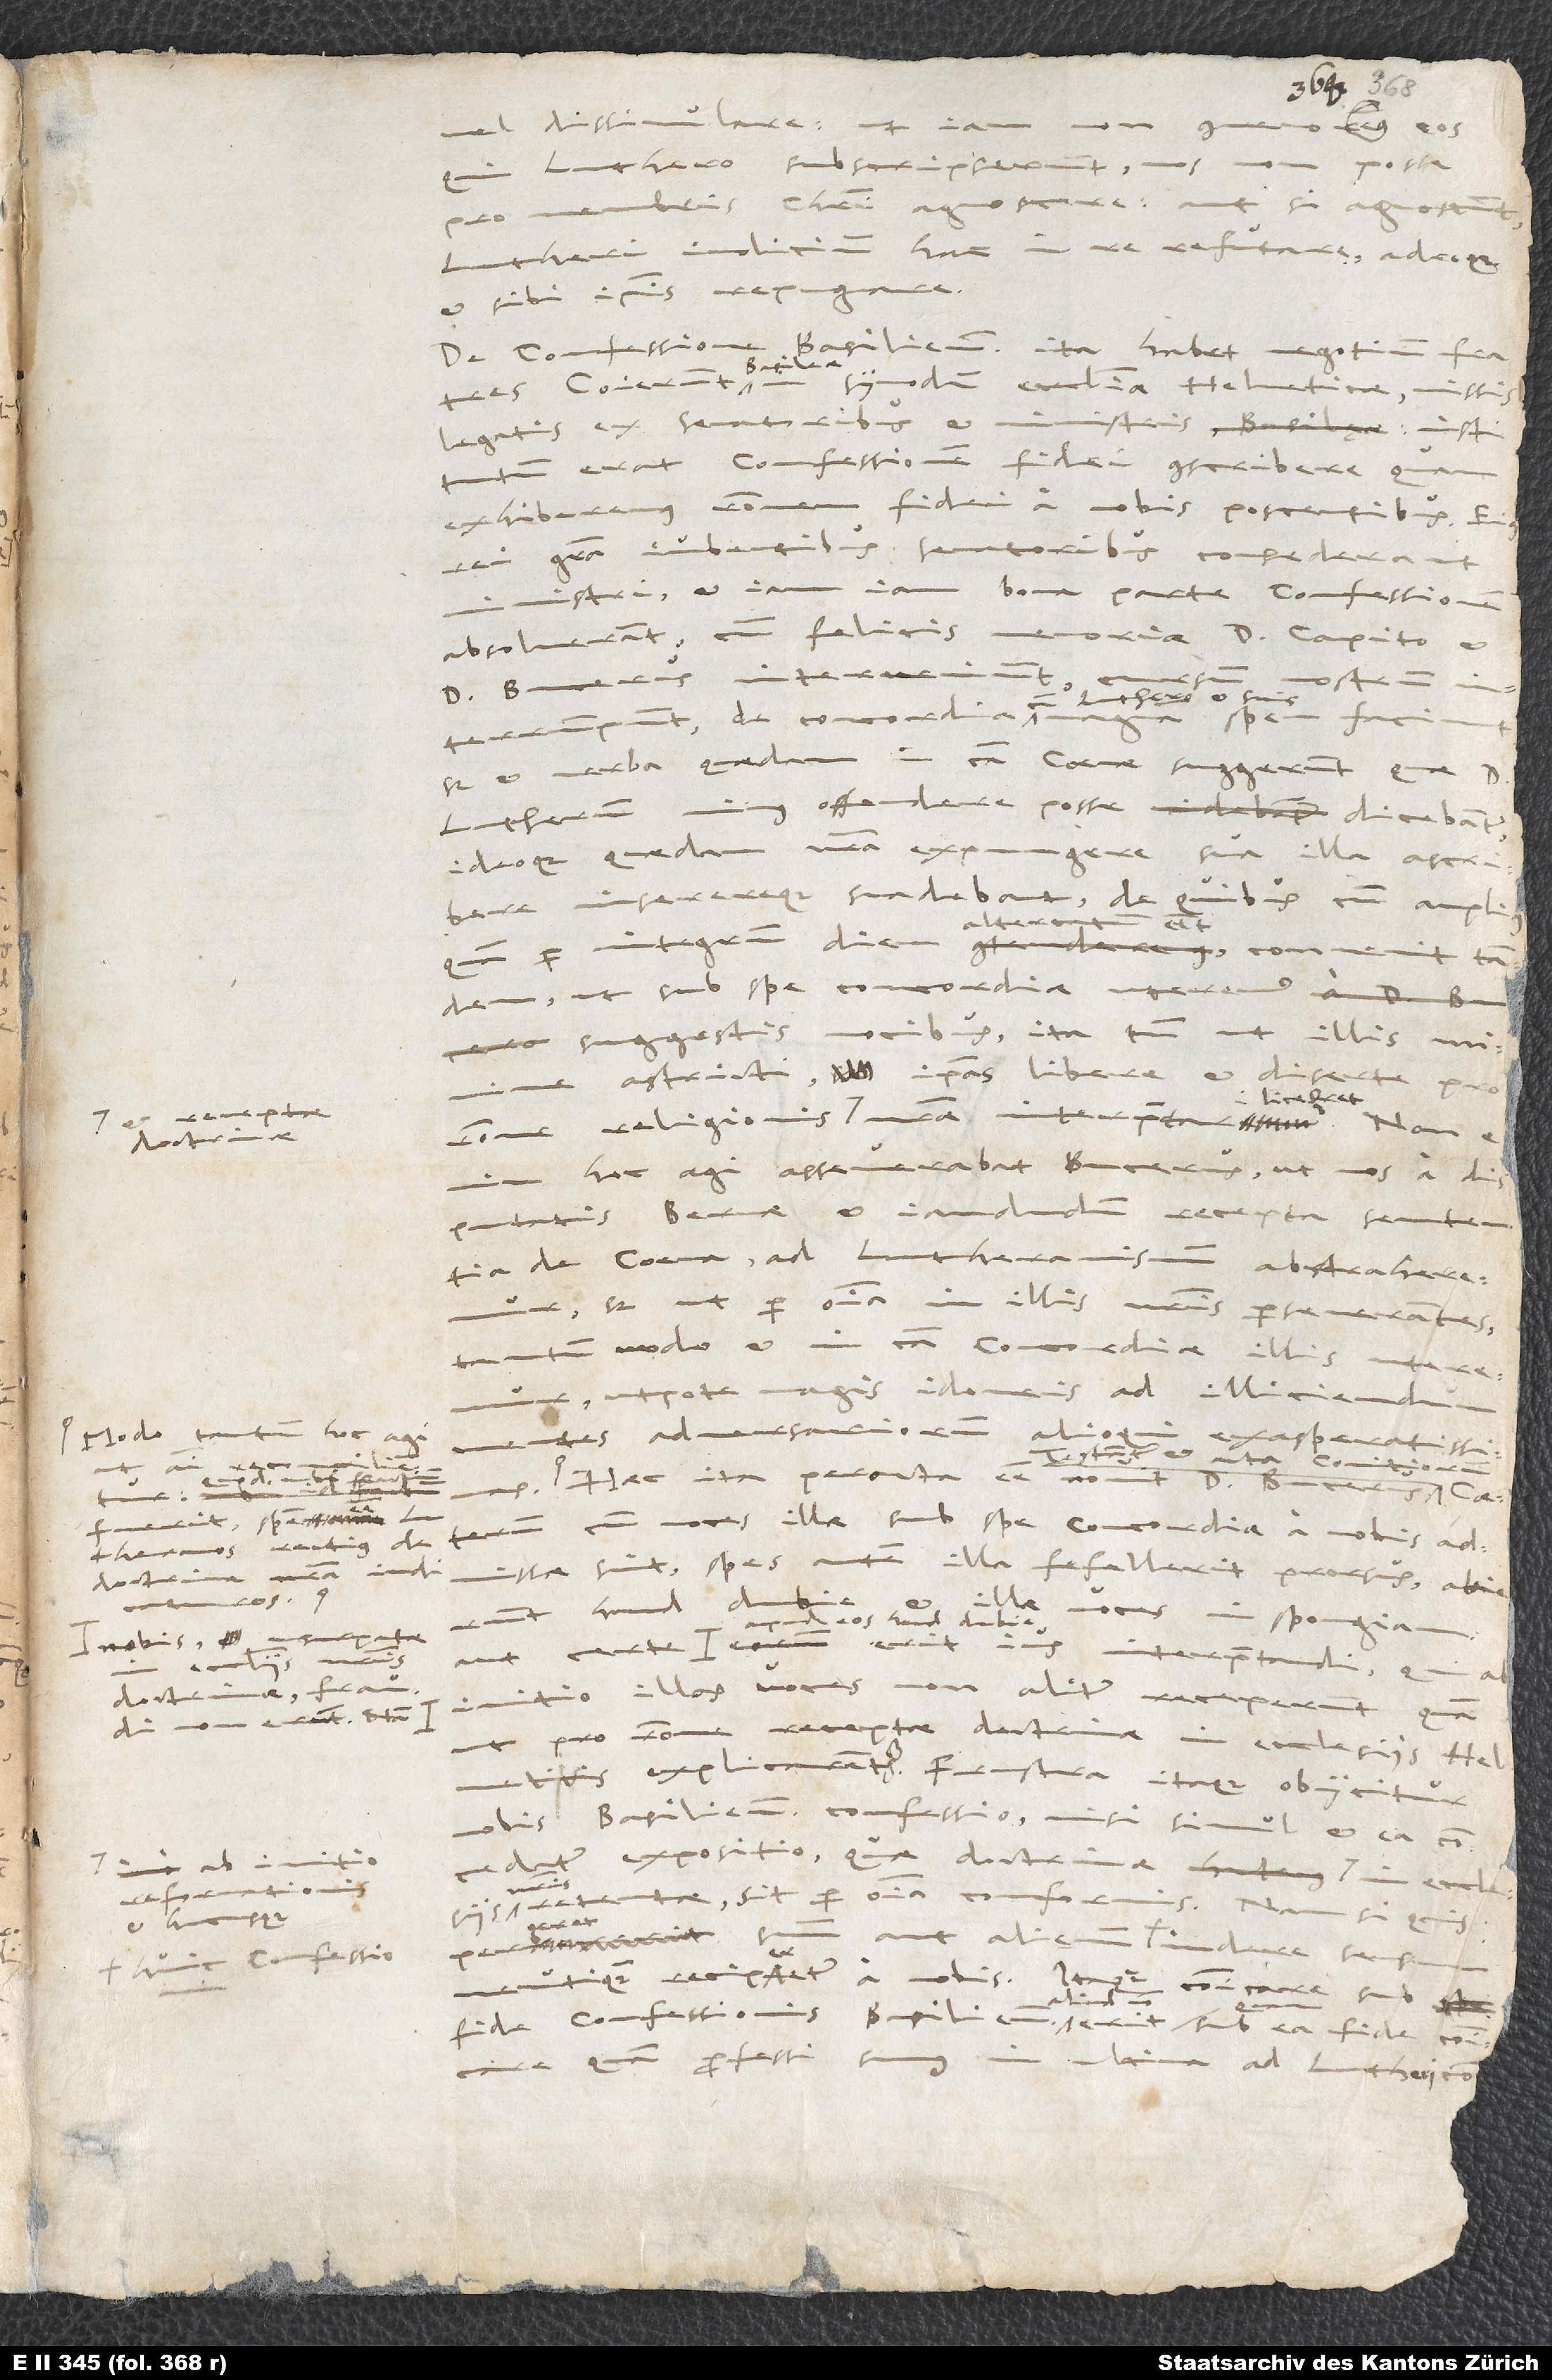
dissimulare: ut iam non commemoremus, eos
Luthero subscripserunt nos non posse
pro membris Christi agnoscere, aut, si agnoscunt,
Lutheri iudicium hac in re refutare, adeoque
et sibi ipsis repugnare.
De confessione Basiliensi ita habet negotium, fratres.
Coierunt Basileae in synodum ecclesiae Helveticae, missis
legatis ex senatoribus et ministris: Institutum
confessionem fidei conscribere, quam
exhiberemus rationem fidei a nobis poscentibus. Eius
rei gratia iubentibus senatoribus consederant
ministri, et iamiam bona parte confessionem
absolverant, cum felicis memoriae d. Capito
nostrum
d. Bucerus interveniunt,
interrumpunt, de concordia
sed et verba quaedam in causa coenae suggerunt, quae d.
Lutherum minus offendere posse dicebant,
ideoque quaedam nostra expungere, sua illa ascribere
inserereque suadebant; de quibus, cum amplius
altercatum
ut sub spe concordiae uteremur
suggestis vocibus, ita tamen ut illis minime
astricti ipsas libere et diserte pro
liceret.
receptae
hoc agi asseverabat Bucerus, ut nos a
disputatis Bernae et iam dudum recepta sententia
de coena ad Lutheranismum abstraheremur,
sed ut per omnia in illis nostris perseverantes
tantummodo et in causa concordiae illis uteremur,
utpote magis idoneis ad illiciendum
Modo tantum hoc agi
mentes adversariorum alioqui exasperatissimas.
Haec ita peracta esse novit d. Bucerus.
haud dubie
illae voces in spongiam,
eos haud dubie
nobis usurpatae
doctrinae fraudi
initio illas voces non aliter receperunt, quam
non erunt. Nam
pro ratione receptae doctrinae in ecclesiis Helveticis
explicarentur. Frustra itaque obiicitur
nobis Basiliensis confessio, nisi simul et ea
concedatur expositio, quae doctrinae ab initio
retentae sit per omnia conformis. Nam si quis
et hucusque
huic confessioni
neutiquam reciperetur a nobis. Itaque communicare sub
fide confessionis Basiliensis aliud non erit, quam sub ea fide communicare
quam professi sumus in
ad Lutheri
S.